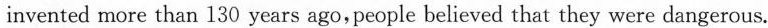
invented more than 130 years ago,people believed that they were dangerous.